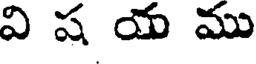
వి ష య ము